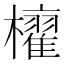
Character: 𣟐